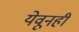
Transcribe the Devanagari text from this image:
येवूनही